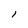
Character: 1